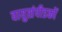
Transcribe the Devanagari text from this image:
वायुसंपीडकों